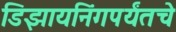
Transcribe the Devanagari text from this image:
डिझायनिंगपर्यंतचे